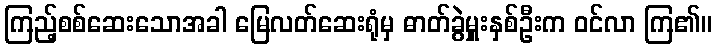
ကြည့်စစ်ဆေးသောအခါ မြေလတ်ဆေးရုံမှ ဓာတ်ခွဲမှူးနှစ်ဦးက ဝင်လာ ကြ၏။